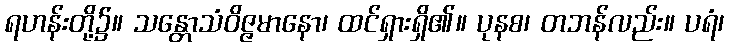
ရဟန်းတို့၌။ သန္တောသံဝိဇ္ဇမာနော၊ ထင်ရှားရှိ၏။ ပုနစ၊ တဘန်လည်း။ ပရံ၊